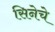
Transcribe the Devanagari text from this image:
सिनेचे